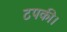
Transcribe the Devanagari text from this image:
टपकी।